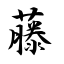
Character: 藤